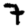
Digit: 7